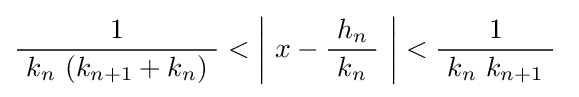
{\frac {1}{\ k_{n}\ (k_{n+1}+k_{n})\ }}<\left|\ x-{\frac {h_{n}}{\ k_{n}\ }}\ \right|<{\frac {1}{\ k_{n}\ k_{n+1}\ }}~